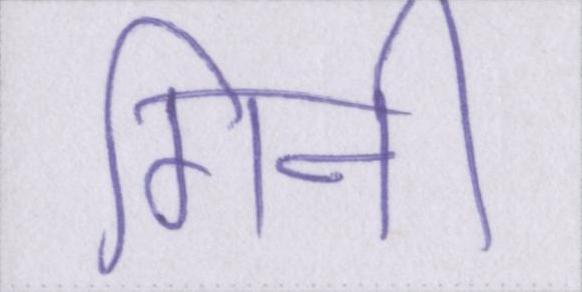
गिनी